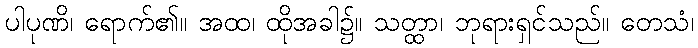
ပါပုဏိ၊ ရောက်၏။ အထ၊ ထိုအခါ၌။ သတ္ထာ၊ ဘုရားရှင်သည်။ တေသံ၊